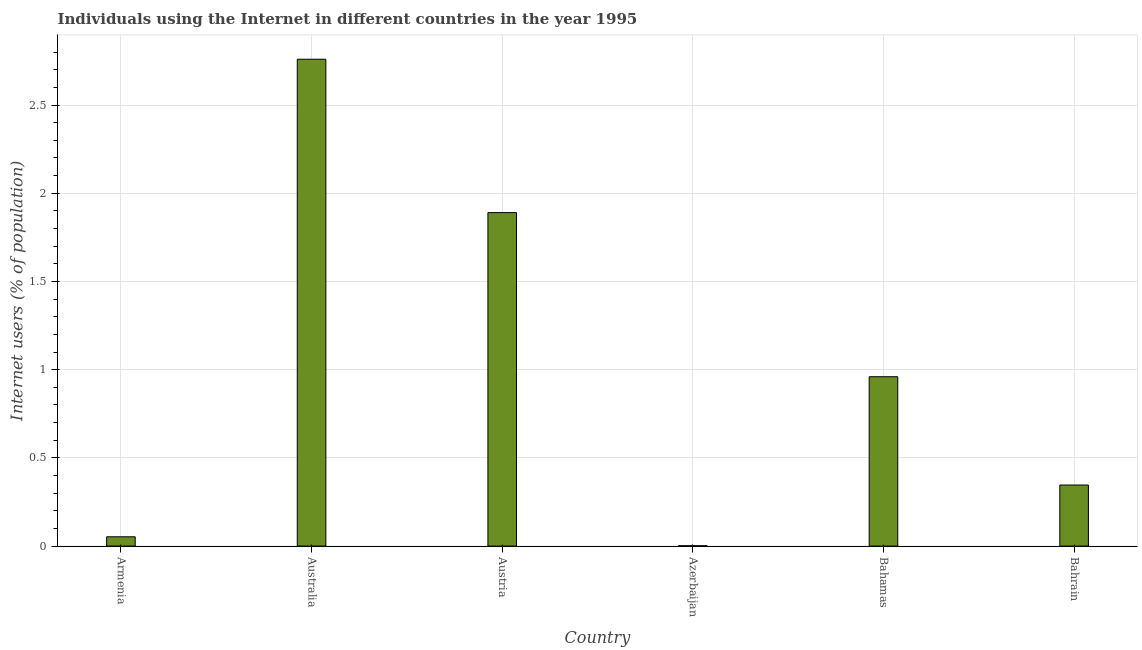
| Country | Internet users |
 | --- | --- |
 | Armenia | 0.0527 |
 | Australia | 2.76 |
 | Austria | 1.89 |
 | Azerbaijan | 0.00206 |
 | Bahamas | 0.96 |
 | Bahrain | 0.346 |